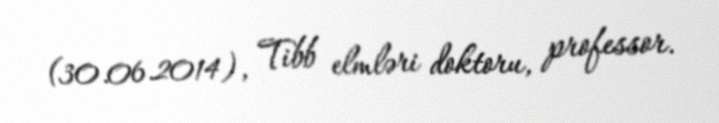
(30.06.2014), Tibb elmləri doktoru, professor.